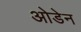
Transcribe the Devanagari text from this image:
ओडेन